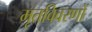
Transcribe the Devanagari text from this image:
मृतविवरणों